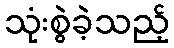
သုံးစွဲခဲ့သည့်